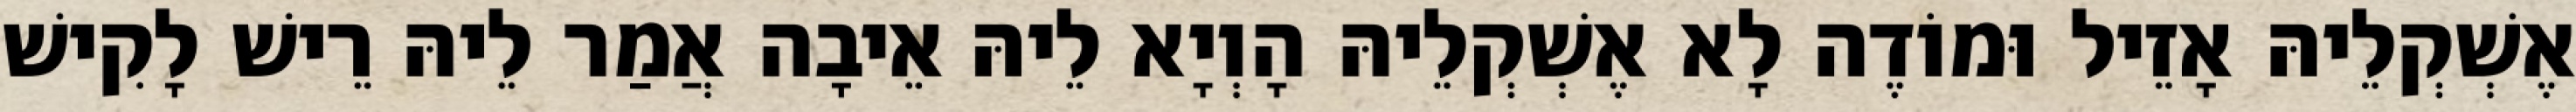
אֶשְׁקְלֵיהּ אָזֵיל וּמוֹדֶה לָא אֶשְׁקְלֵיהּ הָוְיָא לֵיהּ אֵיבָה אֲמַר לֵיהּ רֵישׁ לָקִישׁ